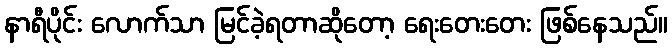
နာရီပိုင်း လောက်သာ မြင်ခဲ့ရတာဆိုတော့ ရေးတေးတေး ဖြစ်နေသည်။